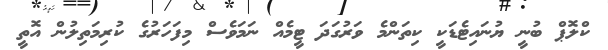
ކްލޮޕް ބުނީ ޔުނައިޓެޑަކީ ކިތަންމެ ވަރުގަދަ ޓީމެއް ނަމަވެސް މިފަހަރުގެ ކުރިމަތިލުން އޮތީ